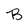
Character: B